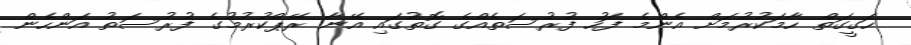
ހަގީގަތް ހާމަކުރުމަށް އެންމެ ފަހު ފުރުސަތެއްގެ ގޮތުގައި އޭނާ ރޭޕްކުރުމުގެ ފުރުސަތު އަންހެން